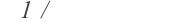
٤٢